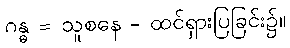
ဂန္ဓ = သူစနေ - ထင်ရှားပြခြင်း၌။